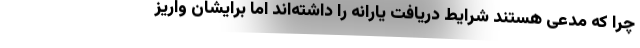
چرا که مدعی هستند شرایط دریافت یارانه را داشته‌اند اما برایشان واریز